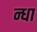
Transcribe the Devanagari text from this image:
न्धा